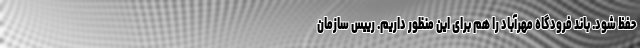
حفظ شود. باند فرودگاه مهرآباد را هم برای این منظور داریم. رییس سازمان